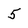
Character: 5